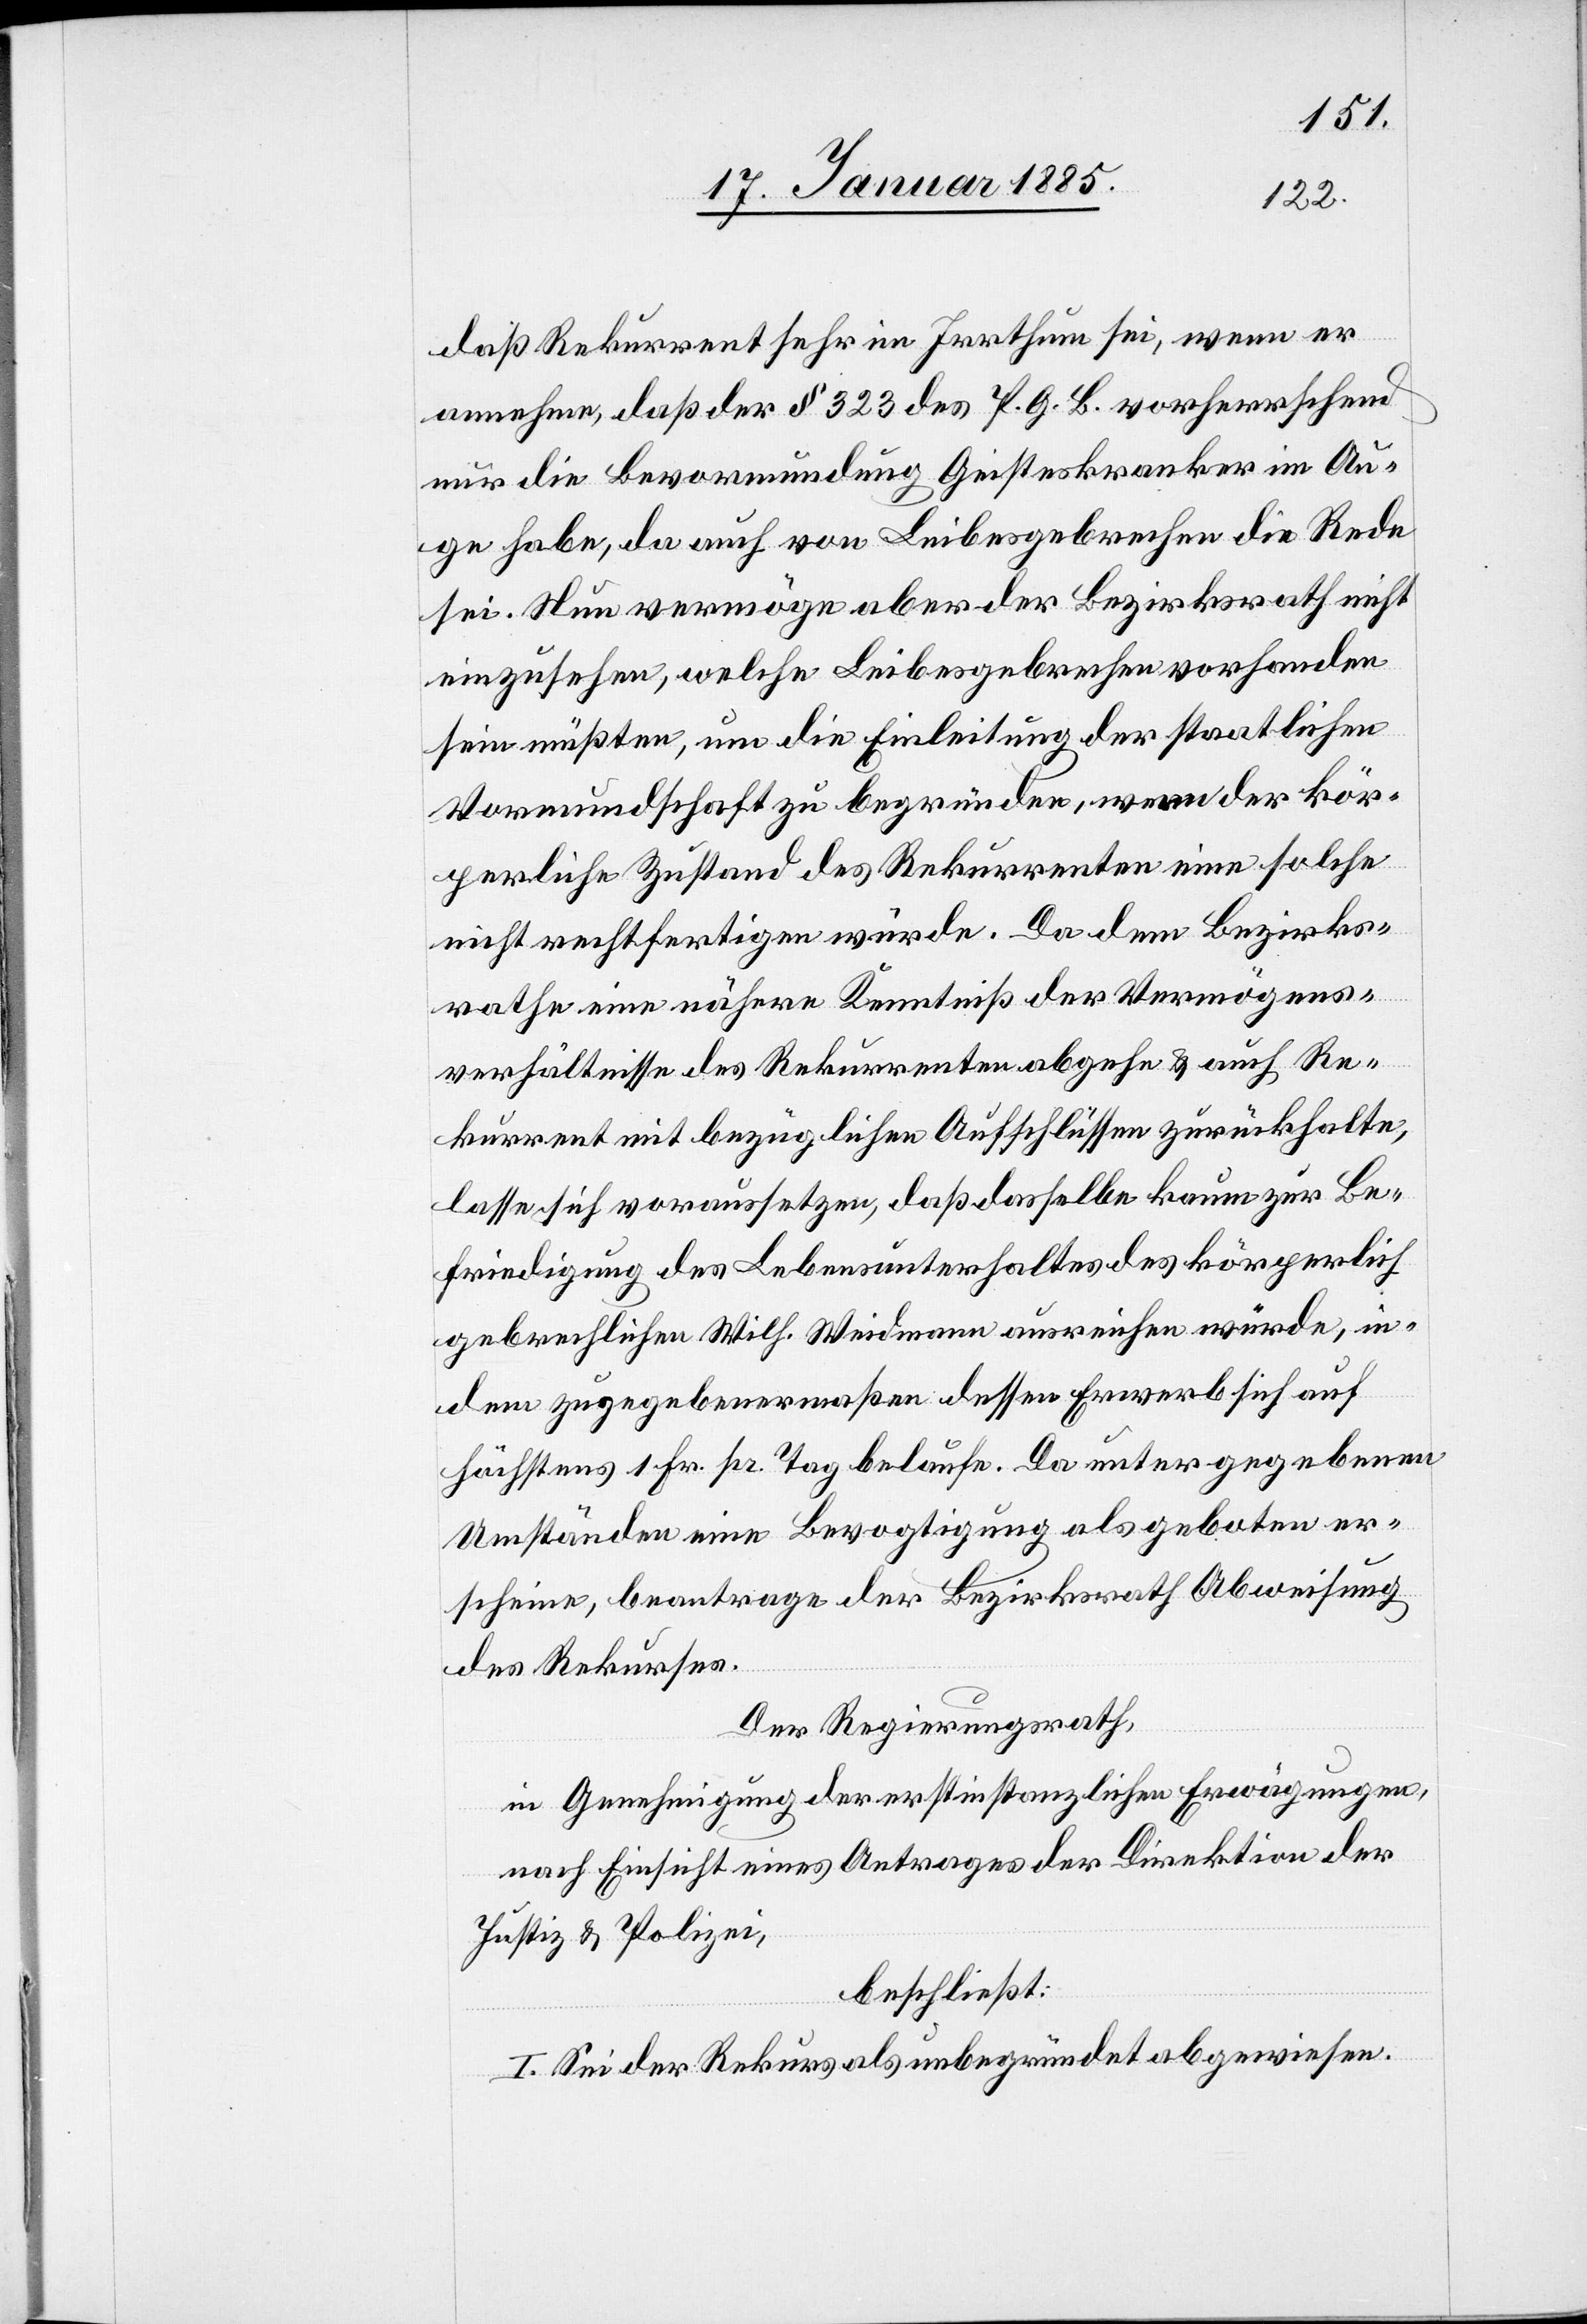
daß Rekurrent sehr im Irrthum sei, wenn er
annehme, daß § 323 des P. G. B. vorherrschend
nur die Bevormundung Geisteskranker im Au¬
ge habe, da auch von Leibesgebrechen die Rede
sei. Nun vermöge aber der Bezirksrath nicht
einzusehen, welche Leibesgebrechen vorhanden
sein müßten, um die Einleitung der staatlichen
Vormundschaft zu begründen, wenn der kör¬
perliche Zustand des Rekurrenten eine solche
nicht rechtfertigen würde. Da dem Bezirks¬
rathe eine nähere Kenntniß der Vermögens¬
verhältnisse des Rekurrenten abgehe & auch Re¬
kurrent mit bezüglichen Aufschlüssen zurückhalte,
lasse sich voraussetzen, daß dasselbe kaum zur Be¬
friedigung des Lebensunterhaltes des körperlich
gebrechlichen Wilh. Weidmann ausreichen würde, in
dem zugegebenermaßen dessen Erwerb sich auf
höchstens 1 Fr. pr. Tag belaufe. Da unter gegebenen
Umständen ein Bevogtigung als geboten er¬
scheine, beantrage der Bezirksrath Abweisung
des Rekurses.
Der Regierungsrath,
in Genehmigung der erstinstanzlichen Erwägungen,
nach Einsicht eines Antrages der Direktion der
Justiz & Polizei,
beschließt:
I. Sei der Rekurs als unbegründet abgewiesen.